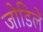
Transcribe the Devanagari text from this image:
जोडिलें